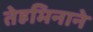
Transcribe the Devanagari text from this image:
तेहमिनाने